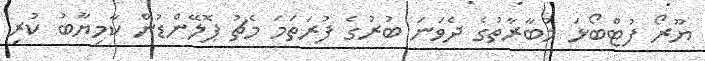
ޔޫރޯ ފުޓްބޯޅަ މުބާރާތުގެ ދެވަނަ ބުރުގެ ފުރަތަމަ މެޗު ޕޮލޭންޑުން ކާމިޔާބު ކުރި